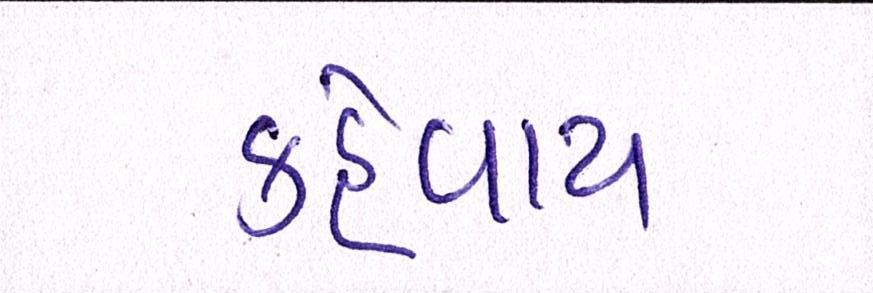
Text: કહેવાય